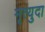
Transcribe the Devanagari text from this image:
मृत्युदा